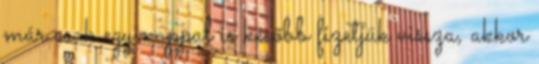
már csak egy nappal is később fizetjük vissza, akkor